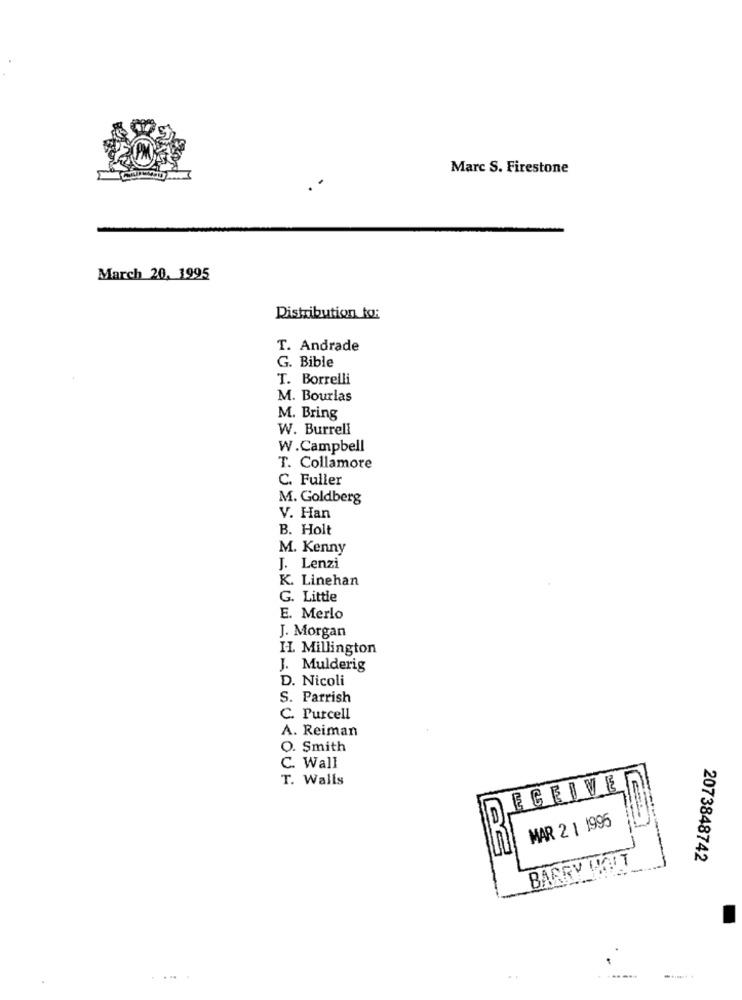
Marc S. Firestone
March 20, 1995
Distribution to:
T. Andrade
G. Bible
T. Borrelli
M. Bourlas
M. Bring
W. Burrell
W.Campbell
T. Collamore
C. Fuller
M. Goldberg
V. Han
B. Holt
M. Kenny
J. Lenzi
K. Linehan
G. Little
E. Merlo
J. Morgan
IL. Millington
J. Mulderig
D. Nicoli
S. Parrish
C. Purcell
A. Reiman
O. Smith
C. Wall
T. Walls
ECEIVE
MAR 2 1 1995
BARRY WATT
2073848742
.....